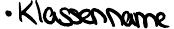
Klassenname